Vaccination in Burma 1912-1922 - 1912-1922
Year: 1912
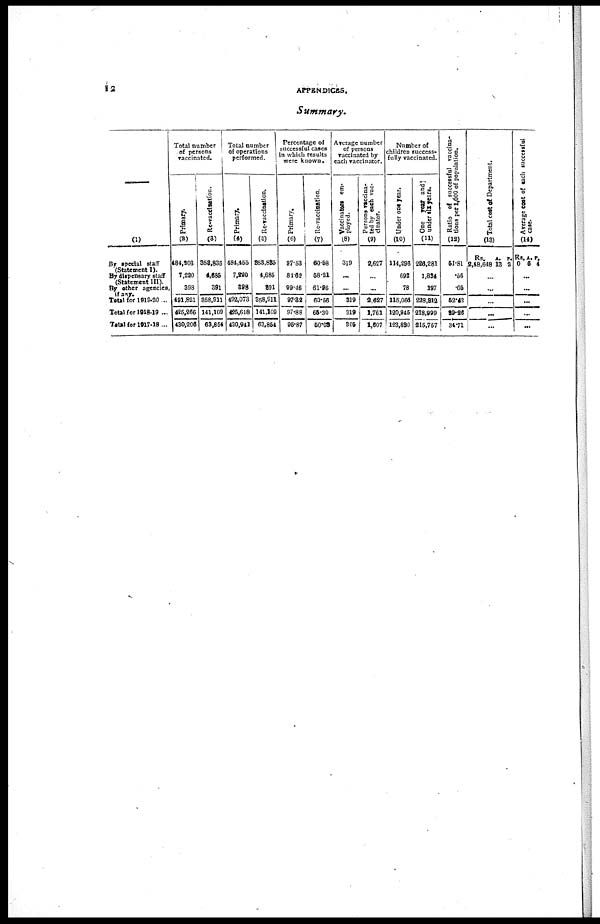
12
APPENDICES.
Summary.
—
(1)
By special staff
(Statement I)
By dispensary staff
(Statement III).
By other agencies,
if any.
Total for 1919-20 ..
Total for 1918-19 ...
Total for 1917-18...
Total number
of persons
vaccinatcd.
Primary.
(2)
484,203
7,220
398
491,821
426,266
430,206
Re-vaccination.
(3)
358,835
4,685
391
358,911
141,109
63,854
Total number
of operations
performed.
Primary.
(4)
484,455
7,220
898
492,073
425,618
430,941
Re-vaccination.
(5)
363,886
4,685
391
358,911
141,109
63,854
Percentage of
successful cases
in which results
were known.
Primary.
(6)
97.53
81.62
99.46
97.32
97.88
95.87
Re-vaccination.
(7)
60.58
58.21
61.96
60.56
65.30
50.08
Average number
of persons
vaccinated by
each vaccinator.
Vaccinators em-
ployed.
(8)
319
...
...
319
319
305
Persons vaccina-
ted by each vac-
cinator.
(9)
2,627
...
...
2,627
1,761
1,507
Number of
children success-
fully vaccinated.
Under one year.
(10)
114,296
692
78
115,066
120,945
123,830
One year and
under six years.
(11)
226,281
1,834
197
228,312
218,999
215,757
Ratio of successful vaccina-
tions per 1,000 of population.
(12)
51.81
.56
.05
52.42
89.26
34.71
Total cost of Department.
(13)
Rs.
2,48,648
A.
13
P.
2
...
...
...
...
...
Average coat of each successful
case.
(14)
Rs.
0
A.
6
P.
4
...
...
...
...
...